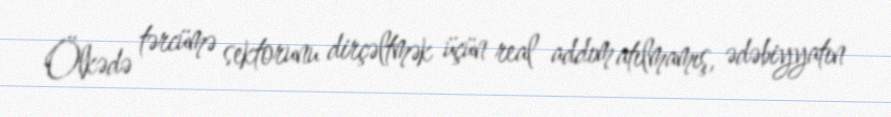
Ölkədə tərcümə sektorunu dirçəltmək üçün real addım atılmamış, ədəbiyyatın